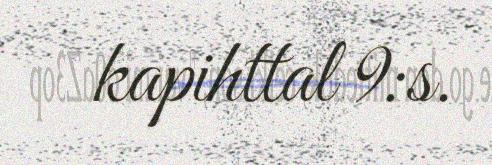
kapihttal 9:s.